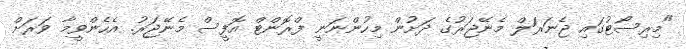
"މިރިސޯޓުގައި ޖެނަރަލް މެނޭޖަރުގެ ދަށުން މިހުންނަނީ ފްރޮންޓް އޮފީސް މެނޭޖަރު. އެހެންވީމާ ވަރަށް